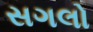
સગલો